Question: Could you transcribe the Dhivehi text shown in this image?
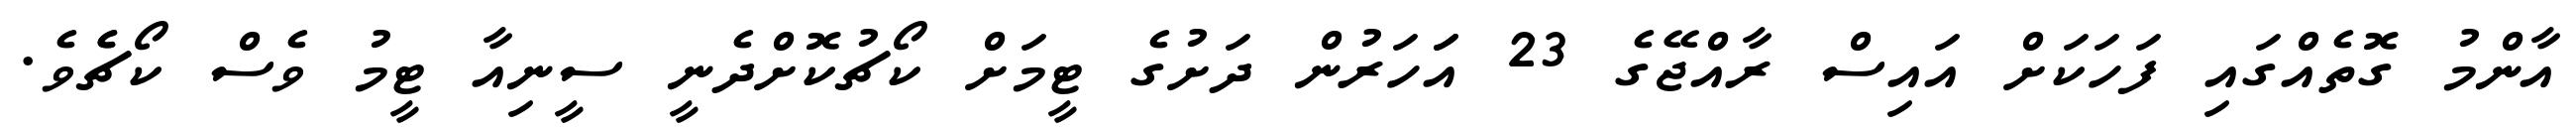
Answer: އާންމު ގޮތެއްގައި ފަހަކަށް އައިސް ރާއްޖޭގެ 23 އަަހަރުން ދަށުގެ ޓީމަށް ކޯޗުކޮށްދެނީ ސީނިއާ ޓީމު ވެސް ކޯޗެެވެ.